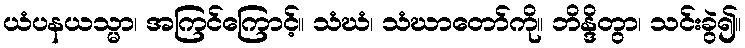
ယံပနယသ္မာ၊ အကြင်ကြောင့်။ သံဃံ၊ သံဃာတော်ကို။ ဘိန္ဒိတွာ၊ သင်းခွဲ၍။